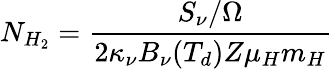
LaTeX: N_{H_{2}}=\frac{S_{\nu}/\Omega}{2\kappa_{\nu}B_{\nu}(T_{d})Z\mu_{H}m_{H}}